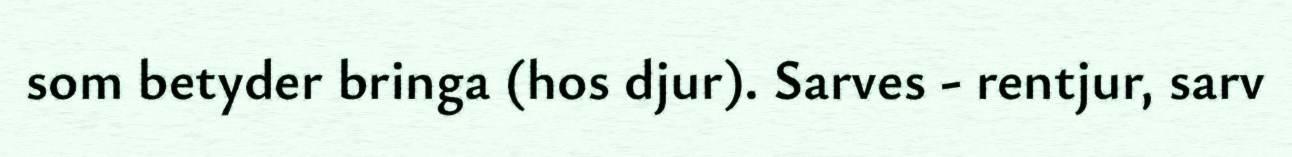
som betyder bringa (hos djur). Sarves - rentjur, sarv